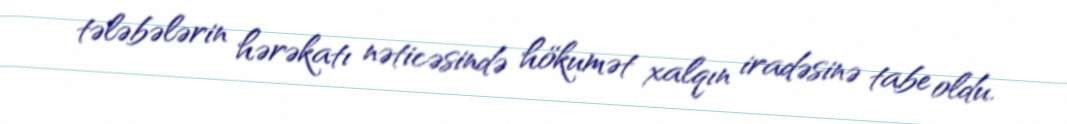
tələbələrin hərəkatı nəticəsində hökumət xalqın iradəsinə tabe oldu.